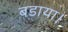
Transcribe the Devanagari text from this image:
बडाया।